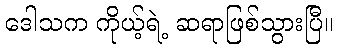
ဒေါသက ကိုယ့်ရဲ့ ဆရာဖြစ်သွားပြီ။